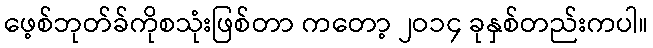
ဖေ့စ်ဘုတ်ခ်ကိုစသုံးဖြစ်တာ ကတော့ ၂ဝ၁၄ ခုနှစ်တည်းကပါ။